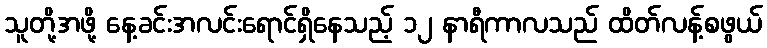
သူတို့အဖို့ နေ့ခင်းအလင်းရောင်ရှိနေသည့် ၁၂ နာရီကာလသည် ထိတ်လန့်စဖွယ်